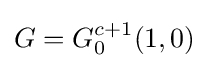
G=G_{0}^{c+1}(1,0)